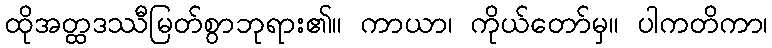
ထိုအတ္ထဒဿီမြတ်စွာဘုရား၏။ ကာယာ၊ ကိုယ်တော်မှ။ ပါကတိကာ၊